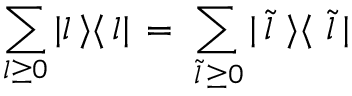
\sum _ { l \geq 0 } | l \, \rangle \langle \, l | \, = \, \sum _ { \, \tilde { l } \, \geq 0 } | \, \tilde { l } \, \, \rangle \langle \, \, \tilde { l } \, |